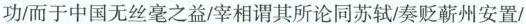
功/而于中国无丝毫之益/宰相谓其所论同苏轼/奏贬蕲州安置/